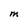
Character: M